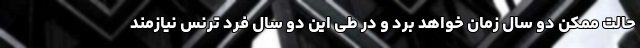
حالت ممکن دو سال زمان خواهد برد و در طی این دو سال فرد ترنس نیازمند